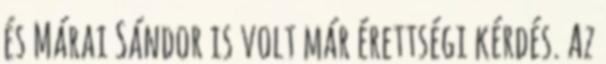
és Márai Sándor is volt már érettségi kérdés. Az